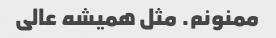
ممنونم. مثل همیشه عالی